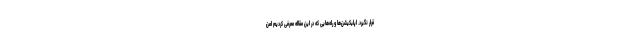
قرار نگیرد. اپلیکیشن‌ها و راه‌هایی که در این مقاله معرفی کردیم امن